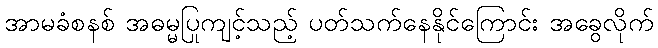
အာမခံစနစ် အဓမ္မပြုကျင့်သည့် ပတ်သက်နေနိုင်ကြောင်း အခွေလိုက်